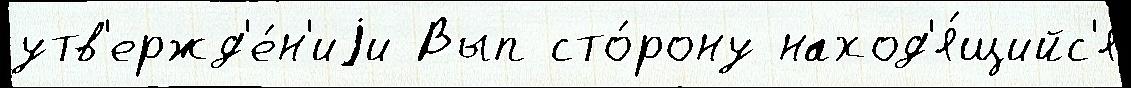
утв'ержд'е́н'иjи Вып сто́рону наход'я́щийс'я